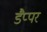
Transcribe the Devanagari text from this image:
डैप्पर